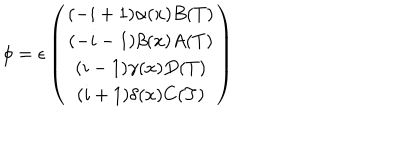
\phi = \epsilon \left( \begin{array} { c } { { ( - i + 1 ) \alpha ( x ) B ( T ) } } \\ { { ( - i - 1 ) \beta ( x ) A ( T ) } } \\ { { ( i - 1 ) \gamma ( x ) D ( T ) } } \\ { { ( i + 1 ) \delta ( x ) C ( T ) } } \\ \end{array} \right)